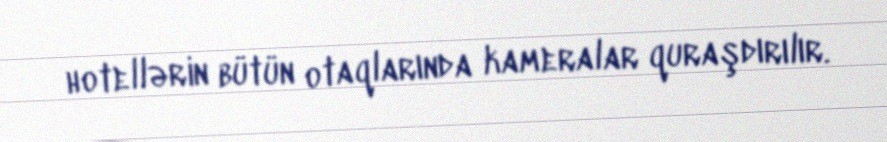
hotellərin bütün otaqlarında kameralar quraşdırılır.